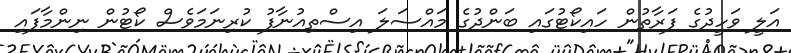
އަލީ ވަހީދުގެ ފަރާތުުން ހައިކޯޓުގައި ބަންދުގެ މައްސަލަ އިސްތިއުނާފު ކުރިނަމަވެސް ކޯޓުން ނިންމާފައި